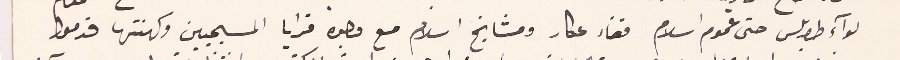
لوآء طرابلس حتى عموم اسلام قضاء عكار ومشايخ اسلام مع وجوه قرايا المسيحيين وكهنتها قدموا